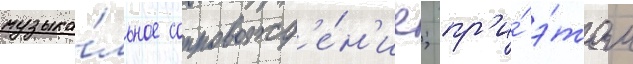
музыка́льное сопровожд'е́н'ие; пр'и́ э́том